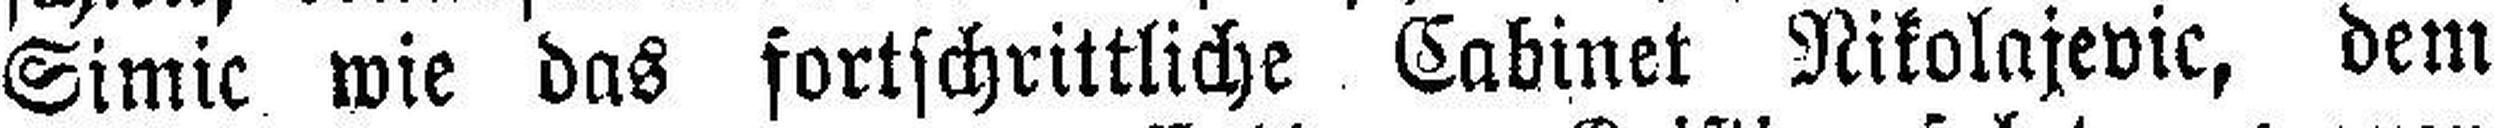
Simic wie das fortschrittliche Cabinet Nikolajevic, dem